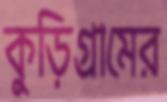
কুড়িগ্রামের